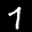
Label: 7